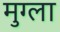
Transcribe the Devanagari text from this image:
मुग्ला